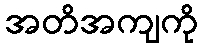
အတိအကျကို